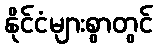
နိုင်ငံများစွာတွင်